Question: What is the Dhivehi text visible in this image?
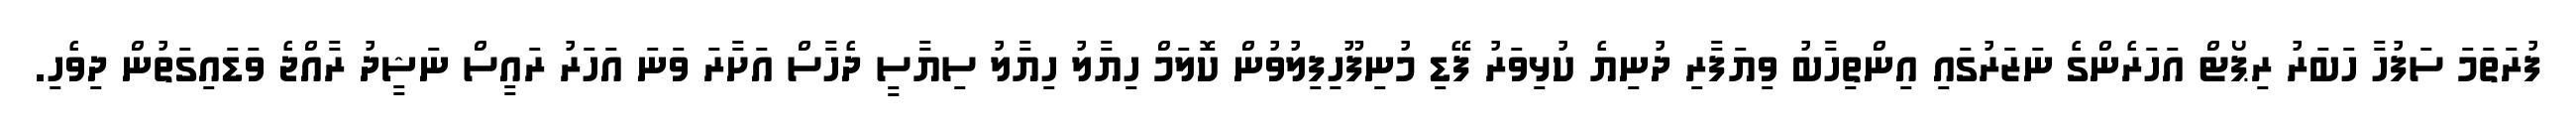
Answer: ފުރަތަމަ ސަފުހާ ހަބަރު ރިޕޯޓް އަހަރެންގެ ނަޒަރުގައި އިންތިހާބު ވިޔަފާރި ދުނިޔެ ކުޅިވަރު ފޭޑި މުނިފޫހިފިލުވުން ކޮލަމް ހިޔާލު ހިޔާލު ސިޔާސީ ދެހާސް އަށާރަ ވަނަ އަހަރު ރައީސް ނަޝީދު ރާއްޖެ ވަޑައިގަތުން ދިވެހި.